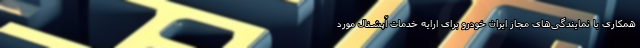
همکاری با نمایندگی‌های مجاز ایران خودرو برای ارایه خدمات آپشنال مورد